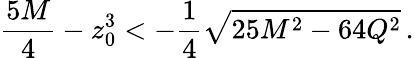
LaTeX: {\frac{5M}{4}}-z_{0}^{3}<-{\frac{1}{4}}\sqrt{25M^{2}-64Q^{2}}\, .